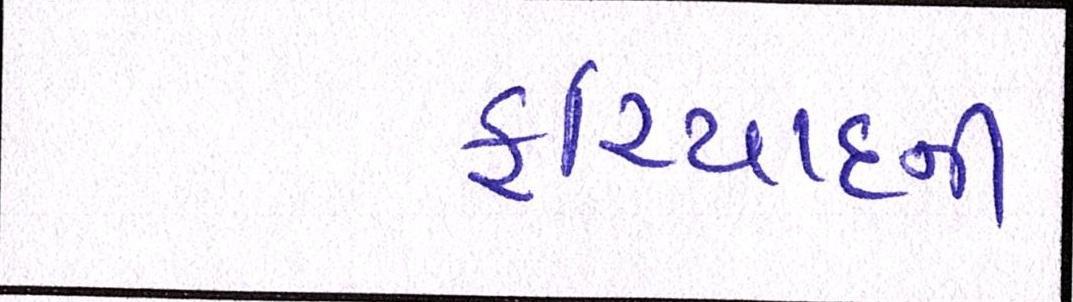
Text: ફરિયાદની